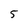
Character: 5